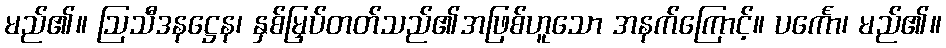
မည်၏။ ဩသီဒနဋ္ဌေန၊ နှစ်မြှပ်တတ်သည်၏အဖြစ်ဟူသော အနက်ကြောင့်။ ပင်္ကော၊ မည်၏။